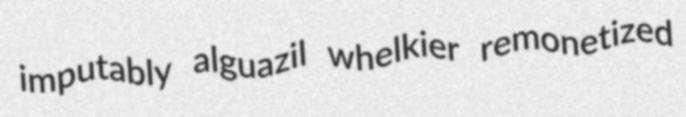
imputably alguazil whelkier remonetized